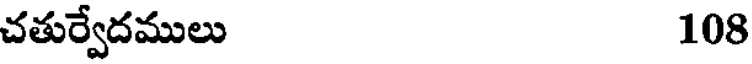
చతుర్వేదములు 108